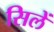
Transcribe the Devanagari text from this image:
सिलें